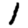
Digit: 1